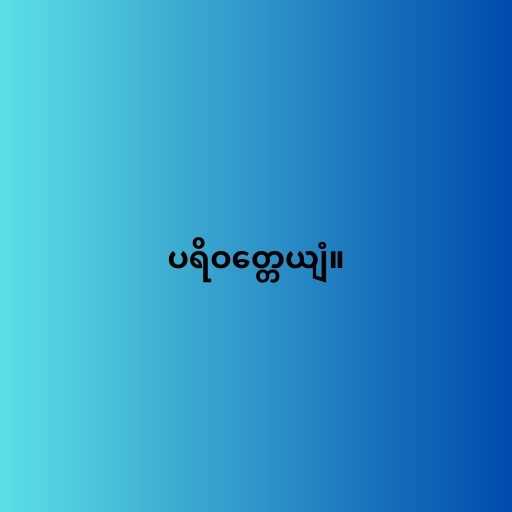
ပရိဝတ္တေယျံ။